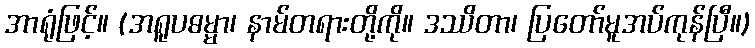
အာရုံဖြင့်။ (အရူပဓမ္မာ၊ နာမ်တရားတို့ကို။ ဒဿိတာ၊ ပြတော်မူအပ်ကုန်ပြီ။)